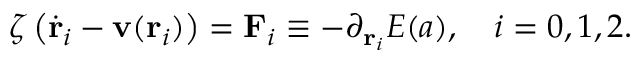
\zeta \left( \dot { \mathbf { r } } _ { i } - \mathbf { v } ( \mathbf { r } _ { i } ) \right) = \mathbf { F } _ { i } \equiv - \partial _ { \mathbf { r } _ { i } } E ( \boldsymbol { a } ) , \quad i = 0 , 1 , 2 .